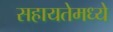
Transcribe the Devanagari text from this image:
सहायतेमध्ये